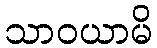
သာဝယာမိ